Indian journal of veterinary science and animal husbandry - Volume 12,
Year: 1942
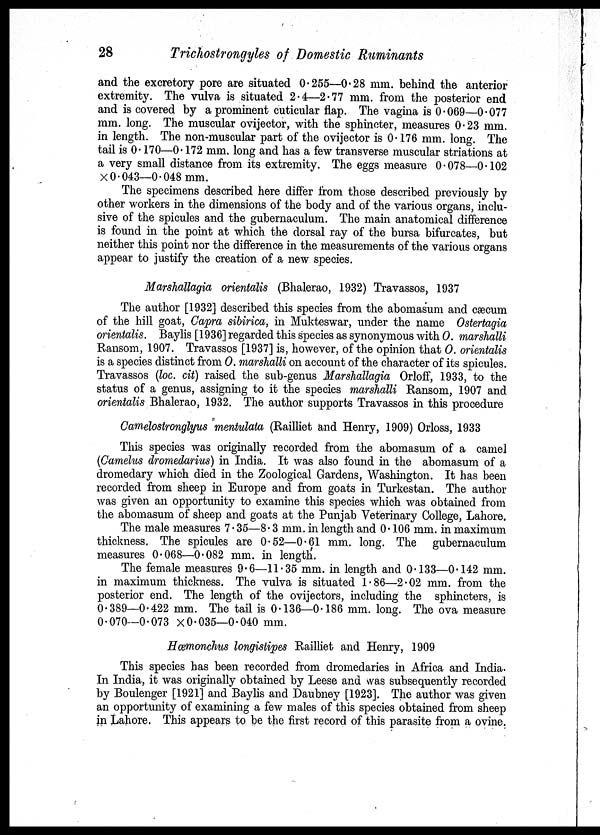
28
Trichostrongyles of Domestic Ruminants
and the excretory pore are situated 0.255—0.28 mm. behind the anterior
extremity. The vulva is situated 2.4—2.77 mm. from the posterior end
and is covered by a prominent cuticular flap. The vagina is 0.069—0.077
mm. long. The muscular ovijector, with the sphincter, measures 0.23 mm.
in length. The non-muscular part of the ovijector is 0.176 mm. long. The
tail is 0.170—0.172 mm. long and has a few transverse muscular striations at
a very small distance from its extremity. The eggs measure 0.078—0.102
× 0.043—0.048 mm.
The specimens described here differ from those described previously by
other workers in the dimensions of the body and of the various organs, inclu-
sive of the spicules and the gubernaculum. The main anatomical difference
is found in the point at which the dorsal ray of the bursa bifurcates, but
neither this point nor the difference in the measurements of the various organs
appear to justify the creation of a new species.
Marshallagia orientalis (Bhalerao, 1932) Travassos, 1937
The author [1932] described this species from the abomasum and cæcum
of the hill goat, Capra sibirica, in Mukteswar, under the name Ostertagia
orientalis. Baylis [1936] regarded this species as synonymous with O. marshalli
Ransom, 1907. Travassos [1937] is, however, of the opinion that O. orientalis
is a species distinct from O. marshalli on account of the character of its spicules.
Travassos (loc. cit) raised the sub-genus Marshallagia Orloff, 1933, to the
status of a genus, assigning to it the species marshalli Ransom, 1907 and
orientalis Bhalerao, 1932. The author supports Travassos in this procedure
Camelostronglyus mentulata (Railliet and Henry, 1909) Orloss, 1933
This species was originally recorded from the abomasum of a camel
(Camelus dromedarius) in India. It was also found in the abomasum of a
dromedary which died in the Zoological Gardens, Washington. It has been
recorded from sheep in Europe and from goats in Turkestan. The author
was given an opportunity to examine this species which was obtained from
the abomasum of sheep and goats at the Punjab Veterinary College, Lahore.
The male measures 7.35—8.3 mm. in length and 0.106 mm. in maximum
thickness. The spicules are 0.52—0.61 mm. long. The gubernaculum
measures 0.068—0.082 mm. in length.
The female measures 9.6—11.35 mm. in length and 0.133—0.142 mm.
in maximum thickness. The vulva is situated 1.86—2.02 mm. from the
posterior end. The length of the ovijectors, including the sphincters, is
0.389—0.422 mm. The tail is 0.136—0.186 mm. long. The ova measure
0.070—0.073 × 0.035—0.040 mm.
Hæmonchus longistipes Railliet and Henry, 1909
This species has been recorded from dromedaries in Africa and India.
In India, it was originally obtained by Leese and was subsequently recorded
by Boulenger [1921] and Baylis and Daubney [1923]. The author was given
an opportunity of examining a few males of this species obtained from sheep
in Lahore. This appears to be the first record of this parasite from a ovine.